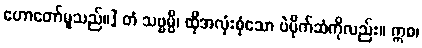
ဟောတော်မူသည်။] တံ သဗ္ဗမ္ပိ၊ ထိုအလုံးစုံသော ပဲပိုက်ဆံကိုလည်း။ ဣဓ၊